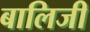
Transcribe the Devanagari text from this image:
बालिजी